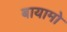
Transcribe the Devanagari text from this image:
बायामो